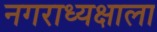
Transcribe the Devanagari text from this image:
नगराध्यक्षाला